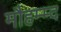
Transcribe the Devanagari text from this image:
मौहम्म्द